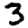
Digit: 3